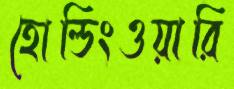
হোল্ডিংওয়ারি